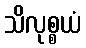
သိလုစ္စယံ